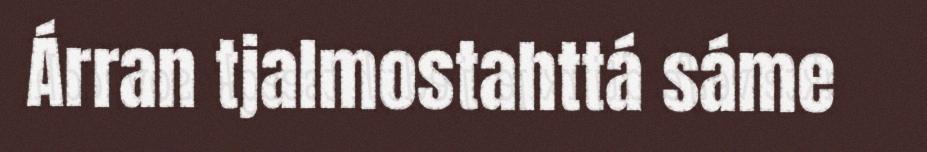
Árran tjalmostahttá sáme